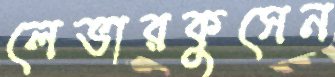
লেভারকুসেন